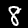
Digit: 8